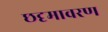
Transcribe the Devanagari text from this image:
छदृमावरण